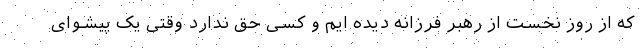
که از روز نخست از رهبر فرزانه دیده ایم و کسی حق ندارد وقتی یک پیشوای